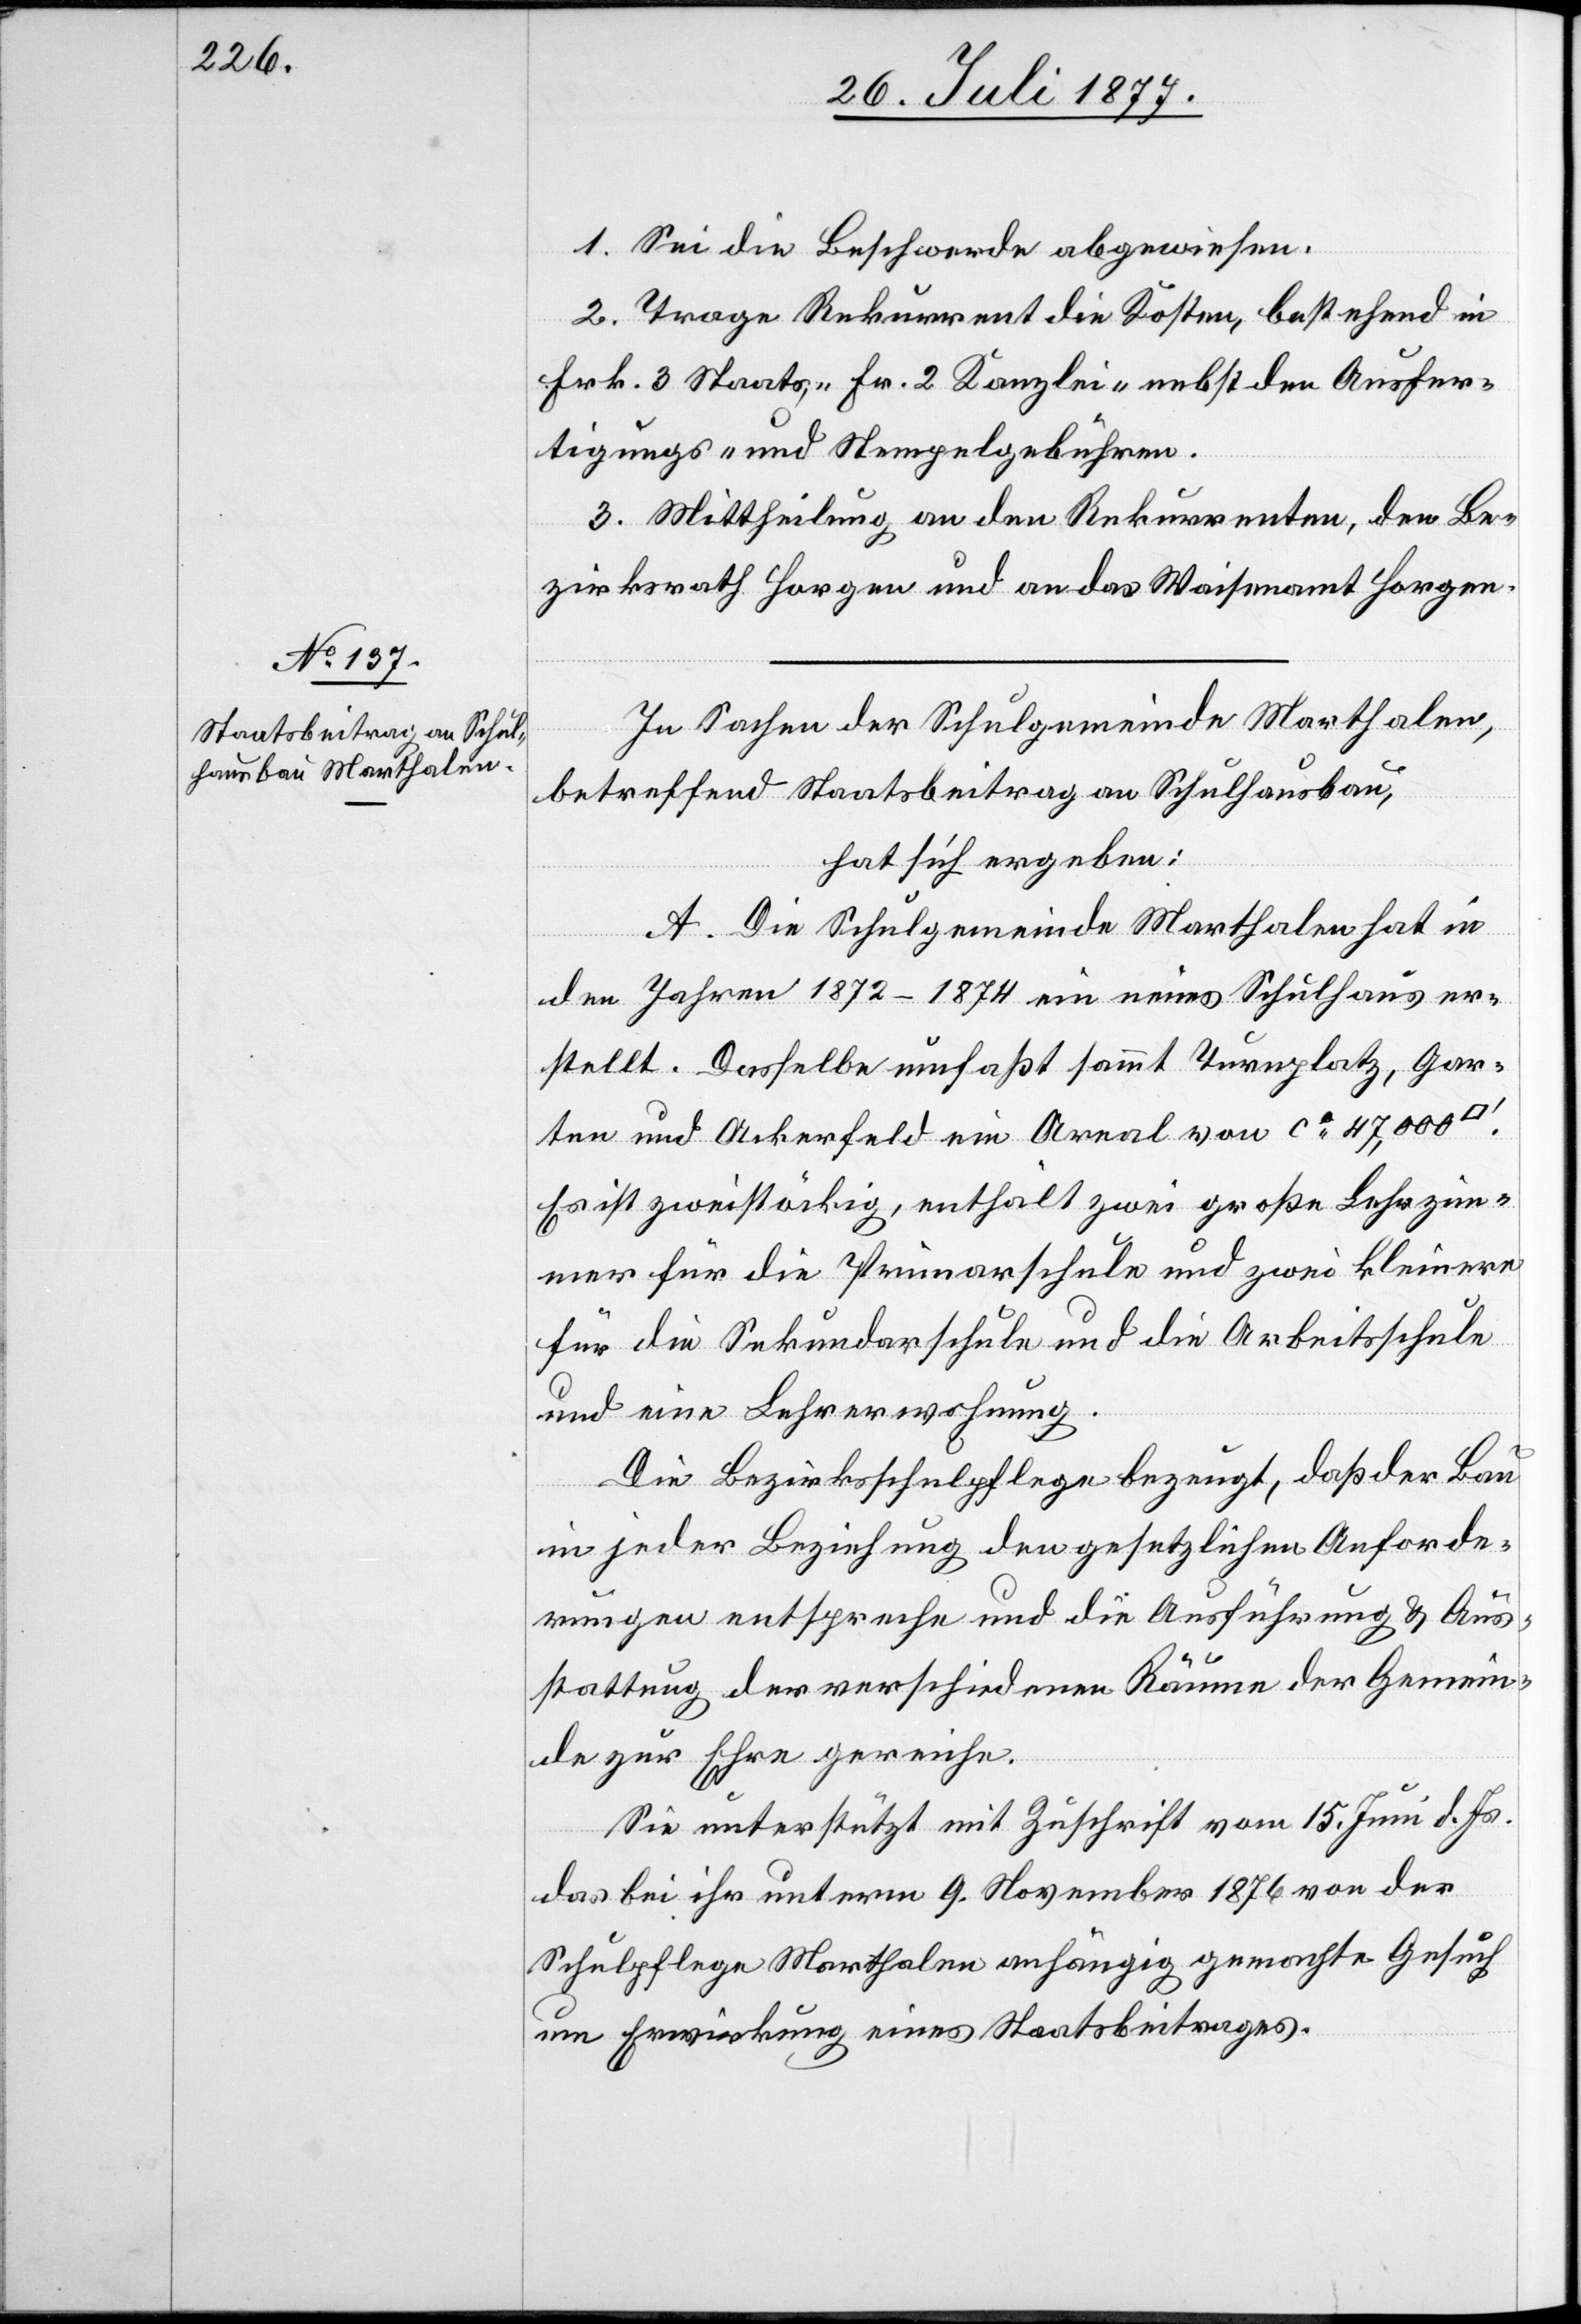
1. Sei die Beschwerde abgewiesen.
2. Trage Rekurrent die Kosten, bestehend in
Frk. 3 Staats-, Fr. 2 Kanzlei-[,] nebst den Ausfer¬
tigungs- und Stempelgebühren.
3. Mittheilung an den Rekurrenten, den Be¬
zirksrath Horgen und an das Waisenamt Horgen.